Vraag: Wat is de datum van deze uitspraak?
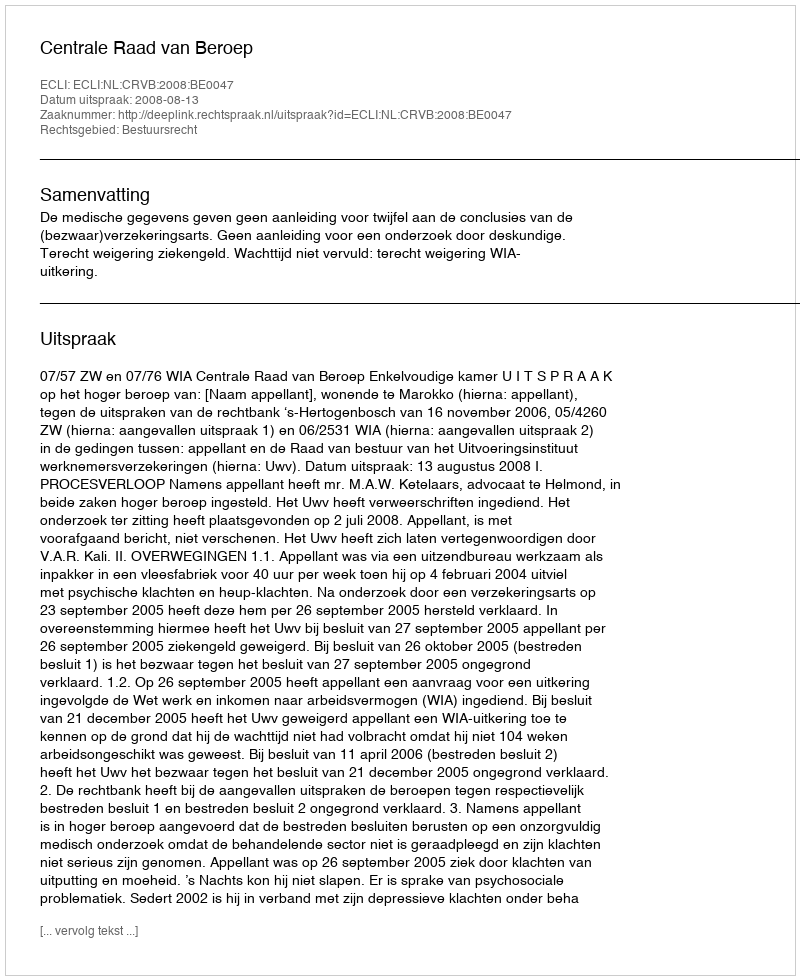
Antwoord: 2008-08-13